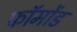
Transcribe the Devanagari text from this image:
फ्रॉमोंड